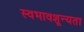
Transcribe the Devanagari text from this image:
स्वभावशून्यता